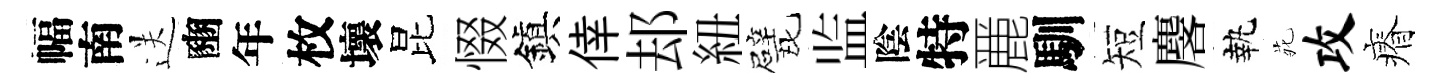
幅南送豳年枚壞昆惙鎭倖𨚫紐戏监陰特䴡馴短麐執𫟍攻瘠